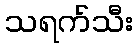
သရက်သီး